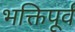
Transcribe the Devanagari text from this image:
भक्तिपूर्व